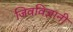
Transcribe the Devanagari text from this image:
जिवविज्ञानी